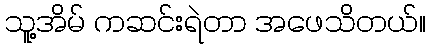
သူ့အိမ် ကဆင်းရဲတာ အဖေသိတယ်။